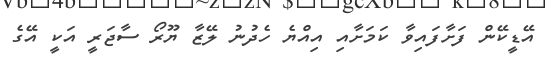
އޭޑީކޭން ފަށާފައިވާ ކަމަށާއި އިއްޔެ ހެދުނު ލޭޒާ ޔޫރޯ ސާޖަރީ އަކީ އޭގެ